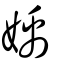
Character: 𡟥